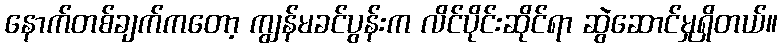
နောက်တစ်ချက်ကတော့ ကျွန်မခင်ပွန်းက လိင်ပိုင်းဆိုင်ရာ ဆွဲဆောင်မှုရှိတယ်။